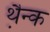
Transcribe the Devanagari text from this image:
थ़ैन्क